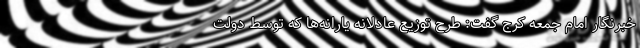
خبرنگار امام جمعه کرج گفت: طرح توزیع عادلانه یارانه‌ها که توسط دولت